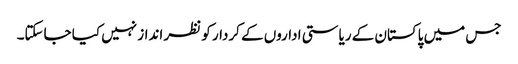
جس میں پاکستان کے ریاستی اداروں کے کردار کو نظر انداز نہیں کیا جاسکتا۔